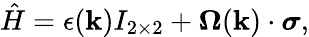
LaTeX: \hat{H}=\epsilon(\mathbf{k})I_{2\times 2}+\mathbf{\Omega}(\mathbf{k})\cdot\boldsymbol{\sigma},